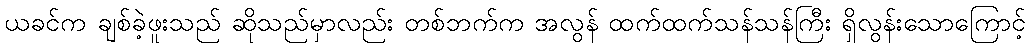
ယခင်က ချစ်ခဲ့ဖူးသည် ဆိုသည်မှာလည်း တစ်ဘက်က အလွန် ထက်ထက်သန်သန်ကြီး ရှိလွန်းသောကြောင့်